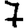
Digit: 7